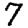
Digit: 7